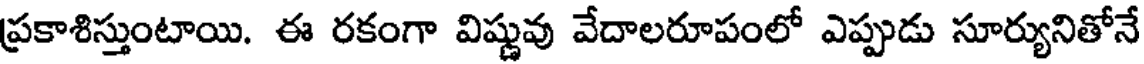
ప్రకాశిస్తుంటాయి. ఈ రకంగా విష్ణువు వేదాలరూపంలో ఎప్పుడు సూర్యునితోనే